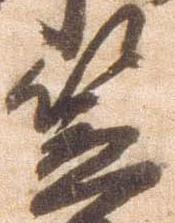
笠